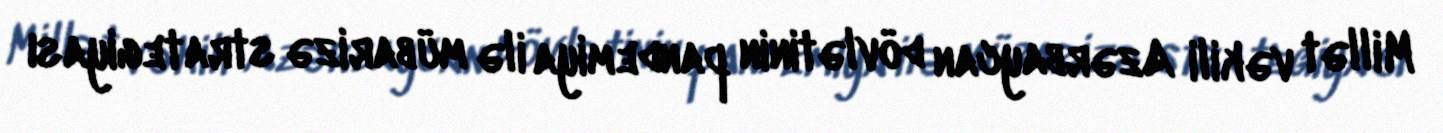
Millət vəkili Azərbaycan dövlətinin pandemiya ilə mübarizə strategiyası